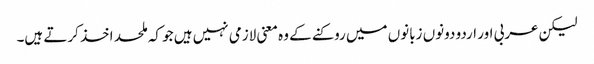
لیکن عربی اور اردو دونوں زبانوں میں روکنے کے وہ معنی لازمی نہیں ہیں جو کہ ملحد اخذ کرتے ہیں۔